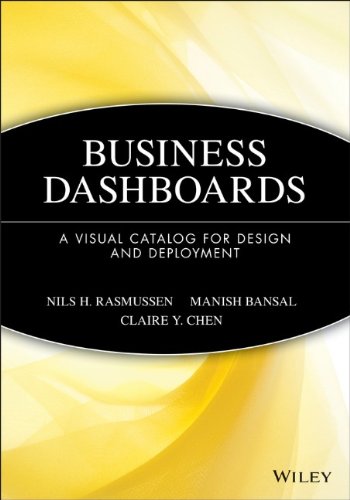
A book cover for Business Dashboards: A Visual Catalog for Design and Deployment; Nils H. Rasmussen; Computers & Technology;